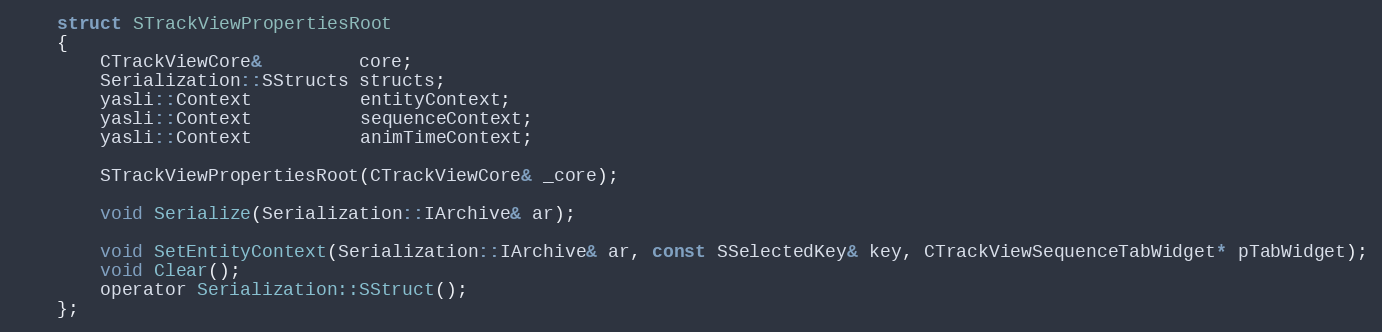
Language: C
	struct STrackViewPropertiesRoot
	{
		CTrackViewCore&         core;
		Serialization::SStructs structs;
		yasli::Context          entityContext;
		yasli::Context          sequenceContext;
		yasli::Context          animTimeContext;

		STrackViewPropertiesRoot(CTrackViewCore& _core);

		void Serialize(Serialization::IArchive& ar);

		void SetEntityContext(Serialization::IArchive& ar, const SSelectedKey& key, CTrackViewSequenceTabWidget* pTabWidget);
		void Clear();
		operator Serialization::SStruct();
	};